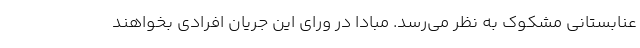
عنابستانی مشکوک به نظر می‌رسد. مبادا در ورای این جریان افرادی بخواهند